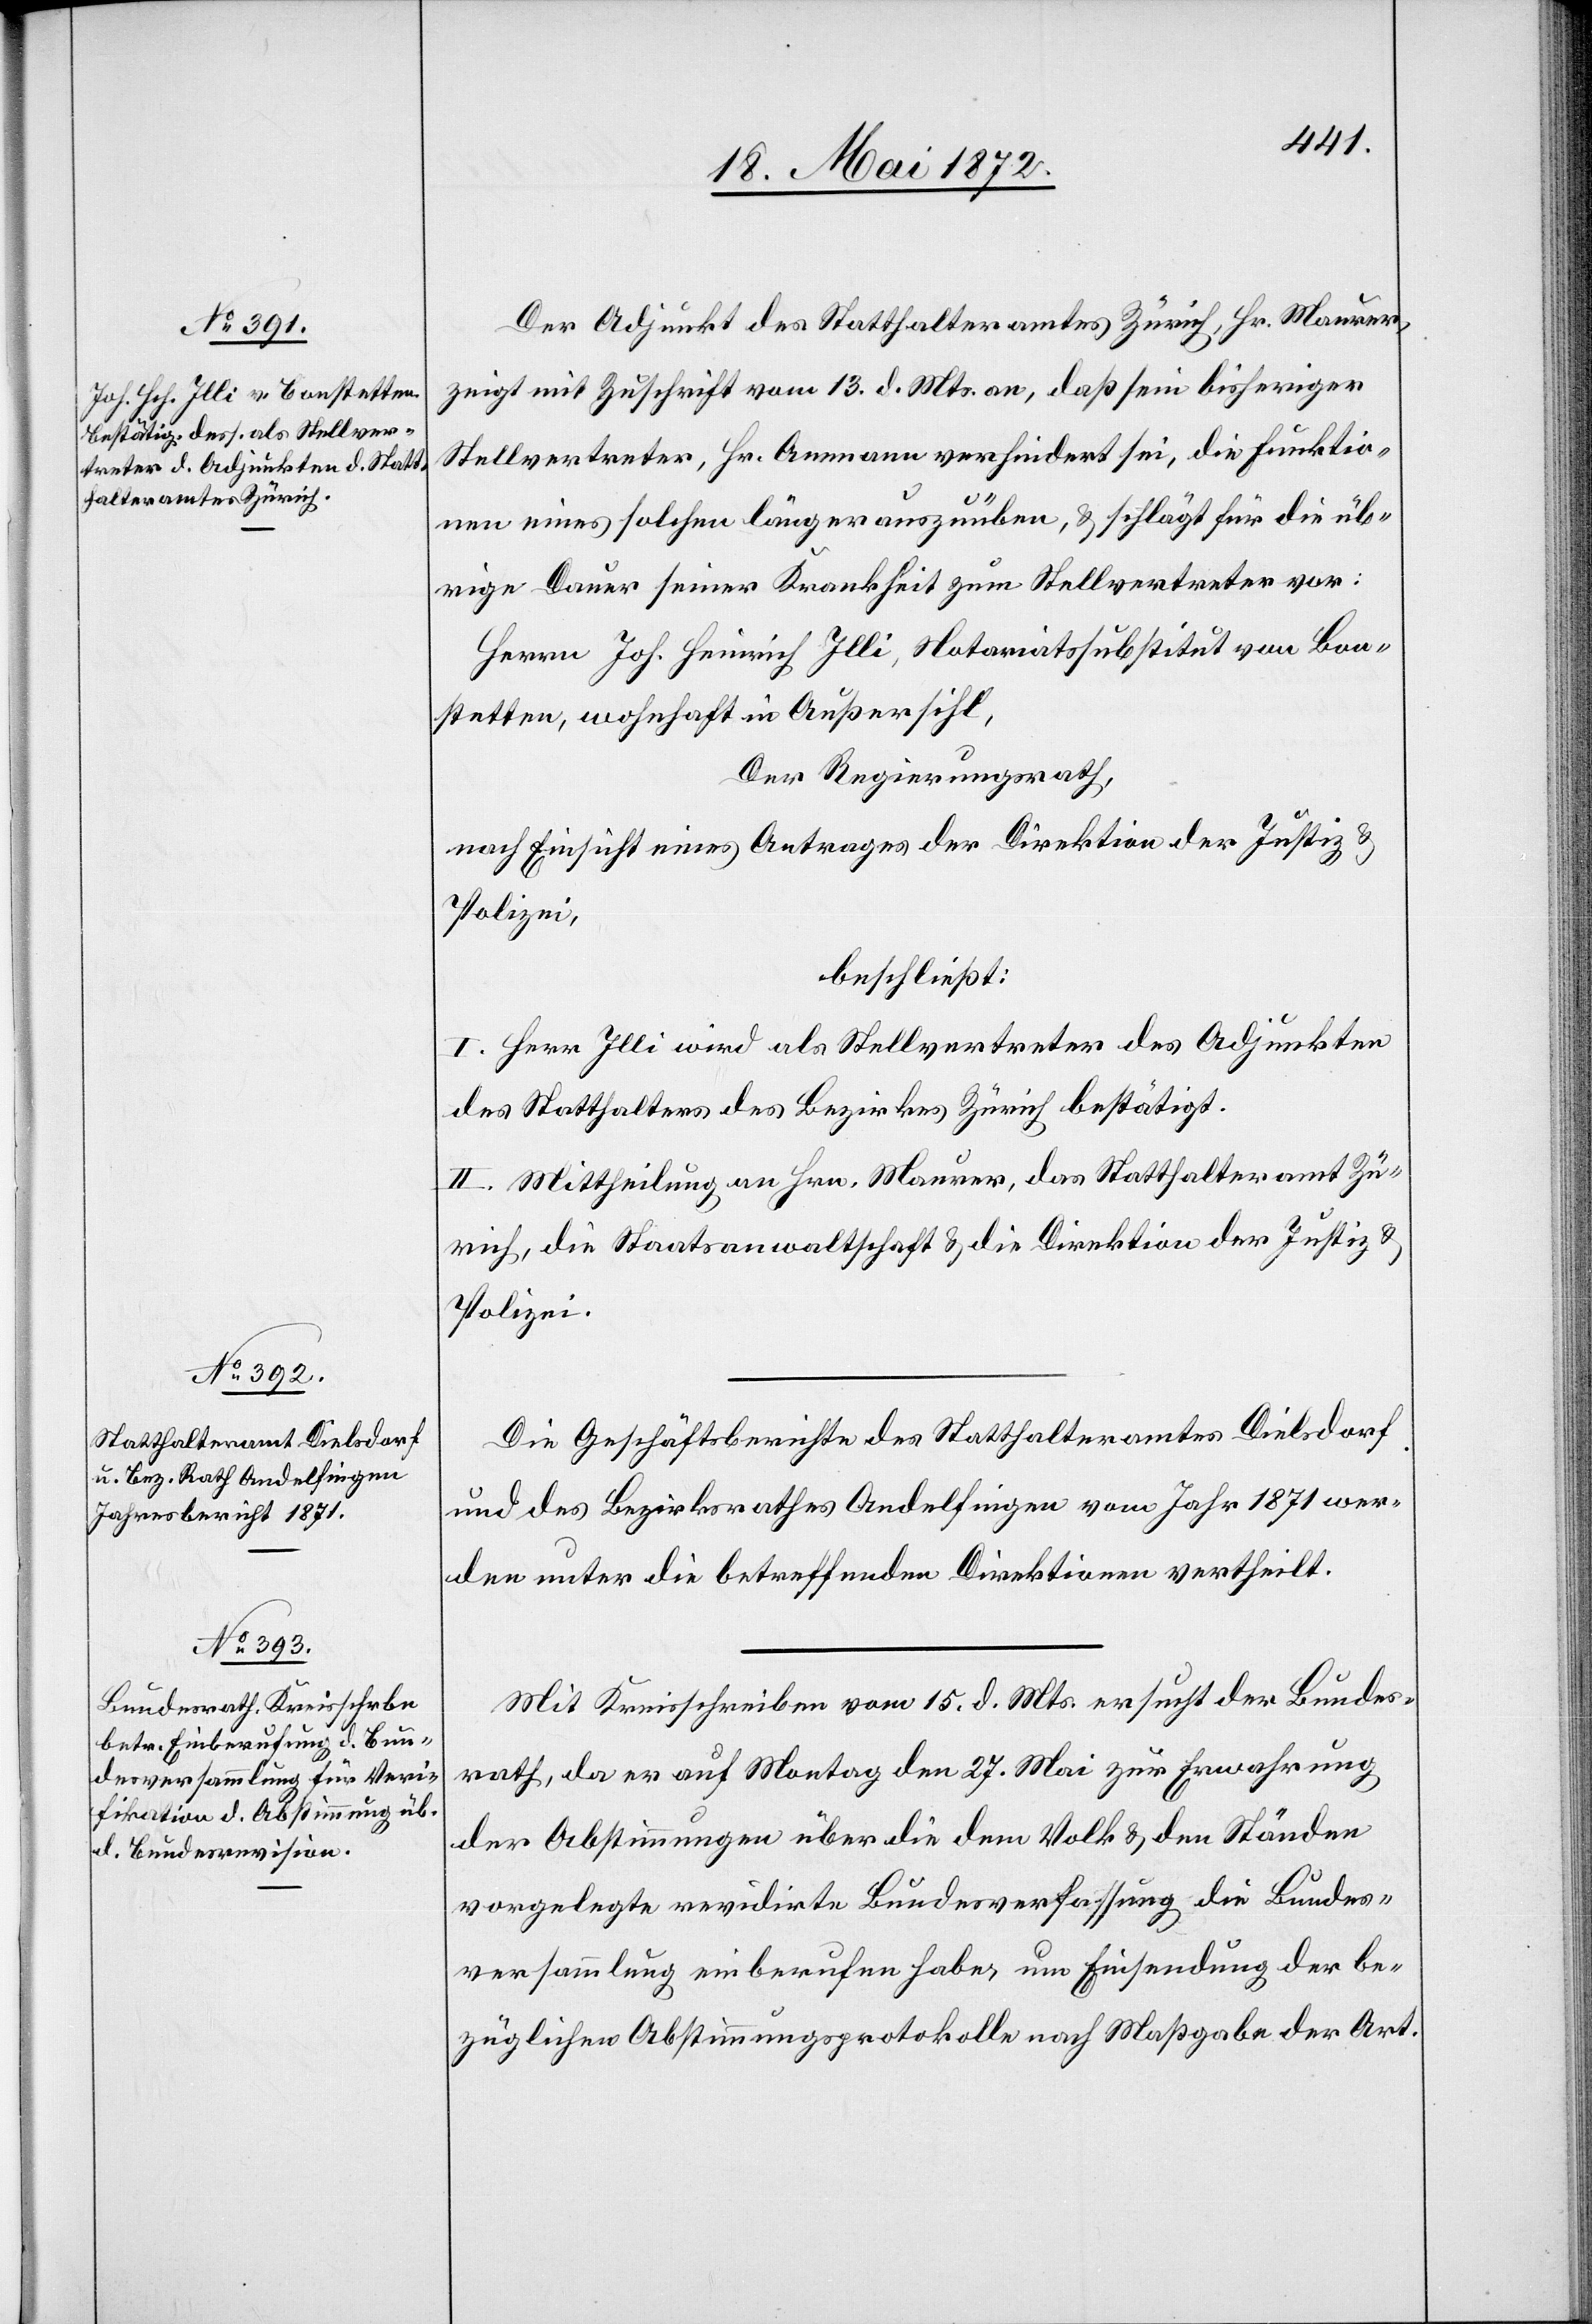
Der Adjunkt des Statthalteramtes Zürich, Hr. Maurer,
zeigt mit Zuschrift vom 13. d. Mts. an, daß sein bisheriger
Stellvertreter, Hr. Ammann verhindert sei, die Funktio¬
nen eines solchen länger auszuüben, u. schlägt für die üb¬
rige Dauer seiner Krankheit zum Stellvertreter vor:
Herrn Joh. Heinrich Jlli, Notariatssubstitut von Bon¬
stetten, wohnhaft in Außersihl,
Der Regierungsrath,
nach Einsicht eines Antrages der Direktion der Justiz u.
Polizei,
beschließt:
I. Herr Jlli wird als Stellvertreter des Adjunkten
des Statthalters des Bezirkes Zürich bestätigt.
II. Mittheilung an Hrn. Maurer, das Statthalteramt Zü¬
rich, die Staatsanwaltschaft u. die Direktion der Justiz u.
Polizei.
Die Geschäftsberichte des Statthalteramtes Dielsdorf
und des Bezirksrathes Andelfingen vom Jahr 1871 wer¬
den unter die betreffenden Direktionen vertheilt.
Mit Kreisschreiben vom 15. d. Mts. ersucht der Bundes¬
rath, da er auf Montag den 27. Mai zur Erwahrung
der Abstimmungen über die dem Volk u. den Ständen
vorgelegten revidirte Bundesverfassung die Bundes¬
versammlung einberufen habe, um Einsendung der be¬
züglichen Abstimmungsprotokolle nach Maßgabe der Art.